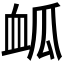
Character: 𮕟